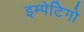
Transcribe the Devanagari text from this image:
इम्पेटिगो